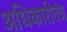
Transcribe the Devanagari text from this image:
अधिकारीतंत्र